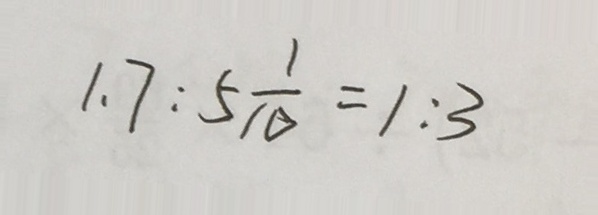
1 . 7 : 5 \frac { 1 } { 1 0 } = 1 : 3